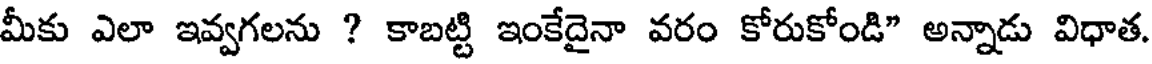
మీకు ఎలా ఇవ్వగలను ? కాబట్టి ఇంకేదైనా వరం కోరుకోండి" అన్నాడు విధాత.